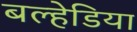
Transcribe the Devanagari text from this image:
बल्हेडिया